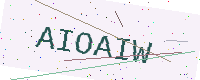
Text: AIOAIW